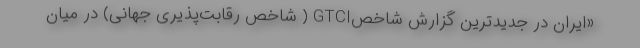
«ایران در جدیدترین گزارش شاخصGTCI ( شاخص رقابت‌پذیری جهانی) در میان